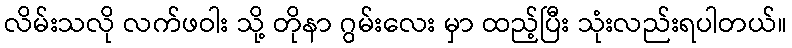
လိမ်းသလို လက်ဖဝါး သို့ တိုနာ ဂွမ်းလေး မှာ ထည့်ပြီး သုံးလည်းရပါတယ်။